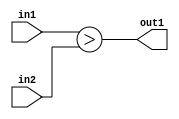
`timescale 1ps / 1ps
/*****************************************************************************
    Verilog RTL Description
    
    
    Created by: Stratus DpOpt 2019.1.01 
*******************************************************************************/

module SobelFilter_LessThan_2Ux2U_1U_4 (
	in2,
	in1,
	out1
	); /* architecture "behavioural" */ 
input [1:0] in2,
	in1;
output  out1;
wire  asc001;

assign asc001 = (in1>in2);

assign out1 = asc001;
endmodule

/* CADENCE  urfyTAE= : u9/ySgnWtBlWxVPRXgAZ4Og= ** DO NOT EDIT THIS LINE ******/